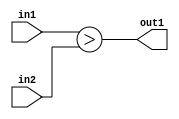
`timescale 1ps / 1ps
/*****************************************************************************
    Verilog RTL Description
    
    
    Created by: Stratus DpOpt 2019.1.01 
*******************************************************************************/

module SobelFilter_LessThan_2Ux2U_1U_4 (
	in2,
	in1,
	out1
	); /* architecture "behavioural" */ 
input [1:0] in2,
	in1;
output  out1;
wire  asc001;

assign asc001 = (in1>in2);

assign out1 = asc001;
endmodule

/* CADENCE  urfyTAE= : u9/ySgnWtBlWxVPRXgAZ4Og= ** DO NOT EDIT THIS LINE ******/